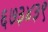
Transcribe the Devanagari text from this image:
६७३४३९